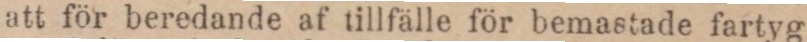
att för beredande af tillfälle för bemastade fartyg